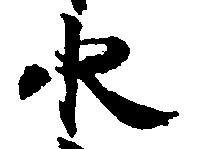
水